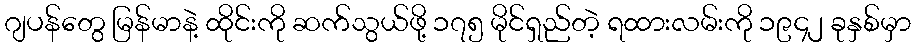
ဂျပန်တွေ မြန်မာနဲ့ ထိုင်းကို ဆက်သွယ်ဖို့ ၁၇၅ မိုင်ရှည်တဲ့ ရထားလမ်းကို ၁၉၄၂ ခုနှစ်မှာ